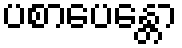
ပစာပေန္တော